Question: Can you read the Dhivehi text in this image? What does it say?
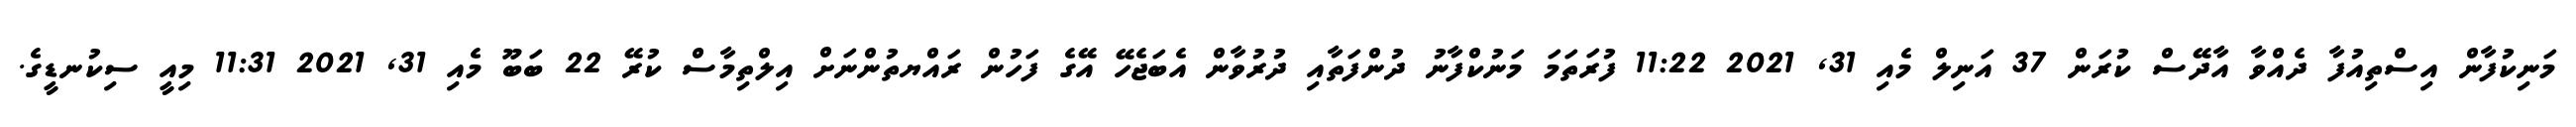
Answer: މަނިކުފާން އިސްތިއުފާ ދެއްވާ އާދޭސް ކުރަން 37 އަނިލް މެއި 31, 2021 11:22 ފުރަތަމަ މަނުކްފާނު ދުންފަތާއި ދުރުވާން އެބަޖެހޭ އޭގެ ފަހުން ރައްޔތުންނަށް އިލްތިމާސް ކުރޭ 22 ބަބޫ މެއި 31, 2021 11:31 މިއީ ސިކުނޑީގެ.